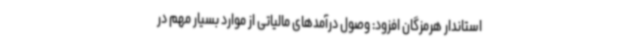
استاندار هرمزگان افزود: وصول درآمدهای مالیاتی از موارد بسیار مهم در